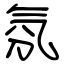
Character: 氛